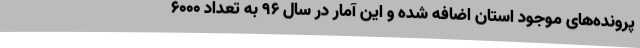
پرونده‌های موجود استان اضافه شده و این آمار در سال 96 به تعداد 6000